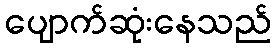
ပျောက်ဆုံးနေသည်